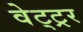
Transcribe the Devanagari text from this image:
वेट्ट्रर